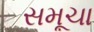
સમૂચા